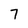
Character: 7